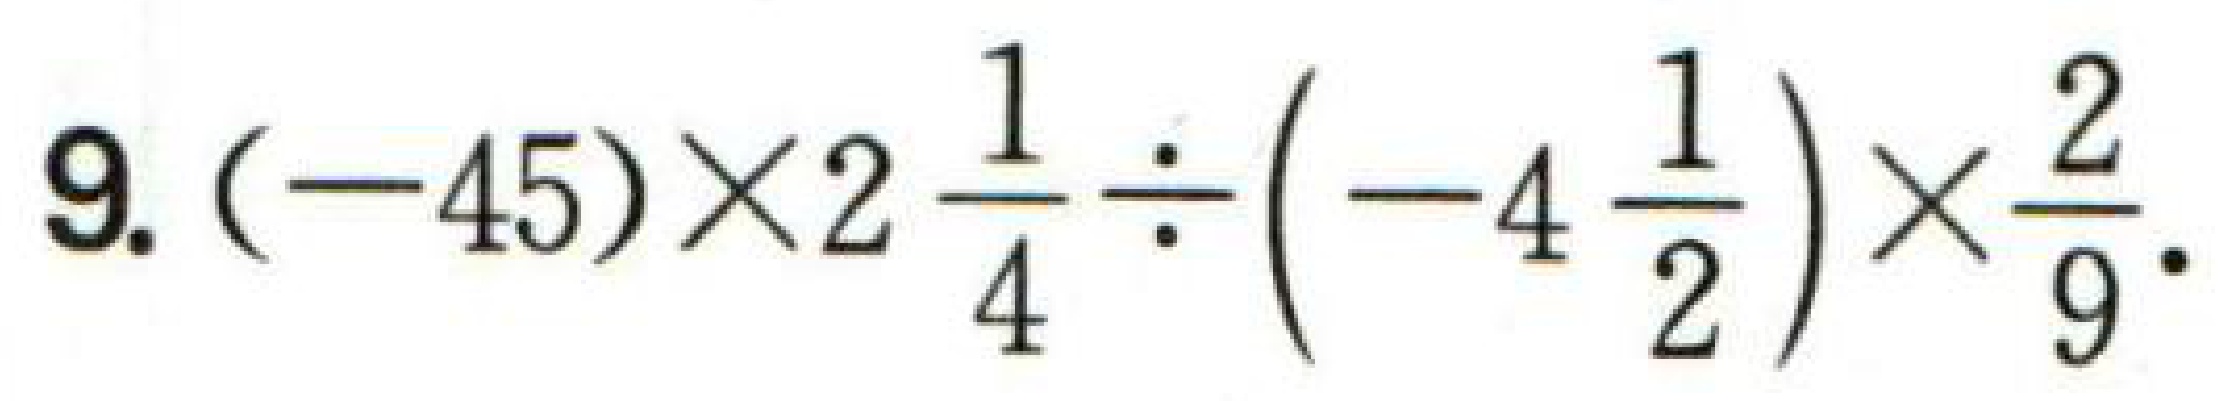
9. \((-45)\times2\frac{1}{4}\div(-4\frac{1}{2})\times\frac{2}{9}\).